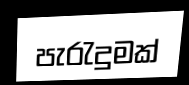
පැරැදුමක්